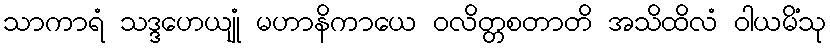
သာကာရံ သဒ္ဒဟေယျုံ မဟာနိကာယေ ဝလိတ္တစတာတိ အသိထိလံ ဝါယမိံသု